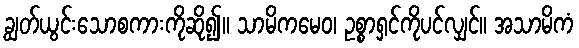
ချွတ်ယွင်းသောစကားကိုဆို၍။ သာမိကမေဝ၊ ဥစ္စာရှင်ကိုပင်လျှင်။ အသာမိကံ